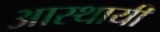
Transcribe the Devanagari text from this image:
आस्थायी